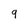
Character: 9